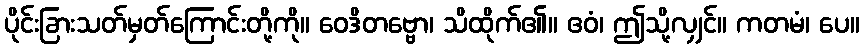
ပိုင်းခြားသတ်မှတ်ကြောင်းတို့ကို။ ဝေဒိတဗ္ဗော၊ သိထိုက်၏။ ဧဝံ၊ ဤသို့လျှင်။ ကတမံ၊ ပေ။